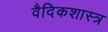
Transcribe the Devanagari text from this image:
वैदिकशास्त्र